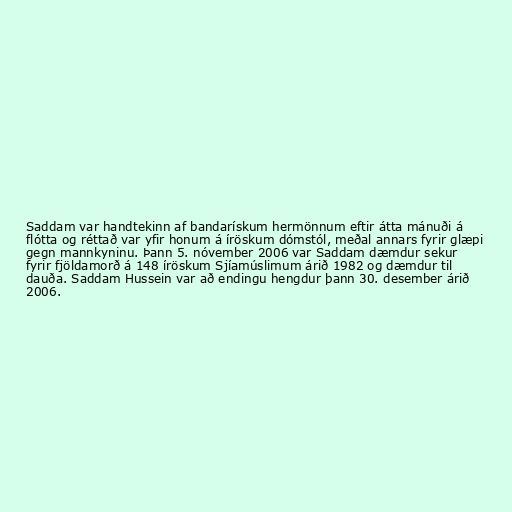
Saddam var handtekinn af bandarískum hermönnum eftir átta mánuði á
flótta og réttað var yfir honum á íröskum dómstól, meðal annars fyrir glæpi
gegn mannkyninu. Þann 5. nóvember 2006 var Saddam dæmdur sekur
fyrir fjöldamorð á 148 íröskum Sjíamúslimum árið 1982 og dæmdur til
dauða. Saddam Hussein var að endingu hengdur þann 30. desember árið
2006.